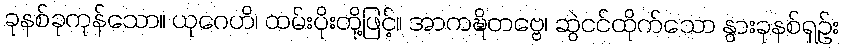
ခုနစ်ခုကုန်သော။ ယုဂေဟိ၊ ထမ်းပိုးတို့ဖြင့်။ အာကဍ္ဎိတဗ္ဗေ၊ ဆွဲငင်ထိုက်သော နွားခုနစ်ရှဉ်း